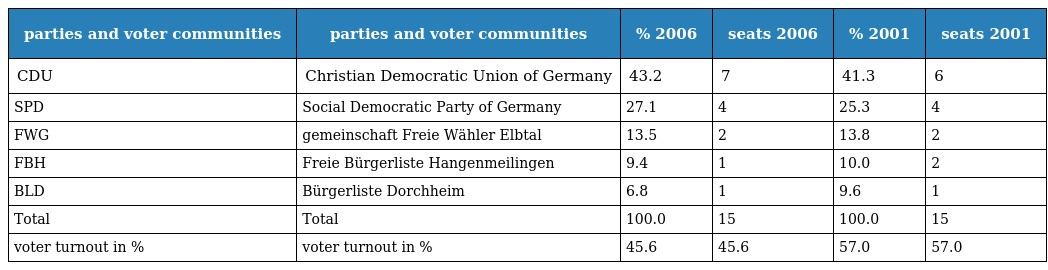
| parties and voter communities | parties and voter communities | % 2006 | seats 2006 | % 2001 | seats 2001 |
 | --- | --- | --- | --- | --- | --- |
 | CDU | Christian Democratic Union of Germany | 43.2 | 7 | 41.3 | 6 |
 | SPD | Social Democratic Party of Germany | 27.1 | 4 | 25.3 | 4 |
 | FWG | gemeinschaft Freie Wähler Elbtal | 13.5 | 2 | 13.8 | 2 |
 | FBH | Freie Bürgerliste Hangenmeilingen | 9.4 | 1 | 10.0 | 2 |
 | BLD | Bürgerliste Dorchheim | 6.8 | 1 | 9.6 | 1 |
 | Total | Total | 100.0 | 15 | 100.0 | 15 |
 | voter turnout in % | voter turnout in % | 45.6 | 45.6 | 57.0 | 57.0 |